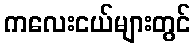
ကလေးငယ်များတွင်